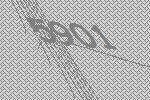
5901